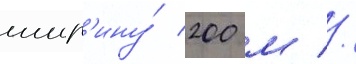
шир'ину́ 200 м //